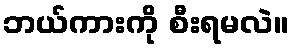
ဘယ်ကားကို စီးရမလဲ။